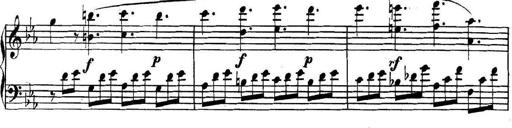
Title: Collected Piano Sonatas
Composer: Muzio Clementi